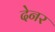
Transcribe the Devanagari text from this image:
देनर